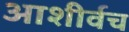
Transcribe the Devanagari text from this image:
आशीर्वच